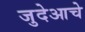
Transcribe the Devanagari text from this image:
जुदेआचे